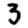
Digit: 3